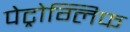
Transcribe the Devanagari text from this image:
पेट्रोग्लिफ